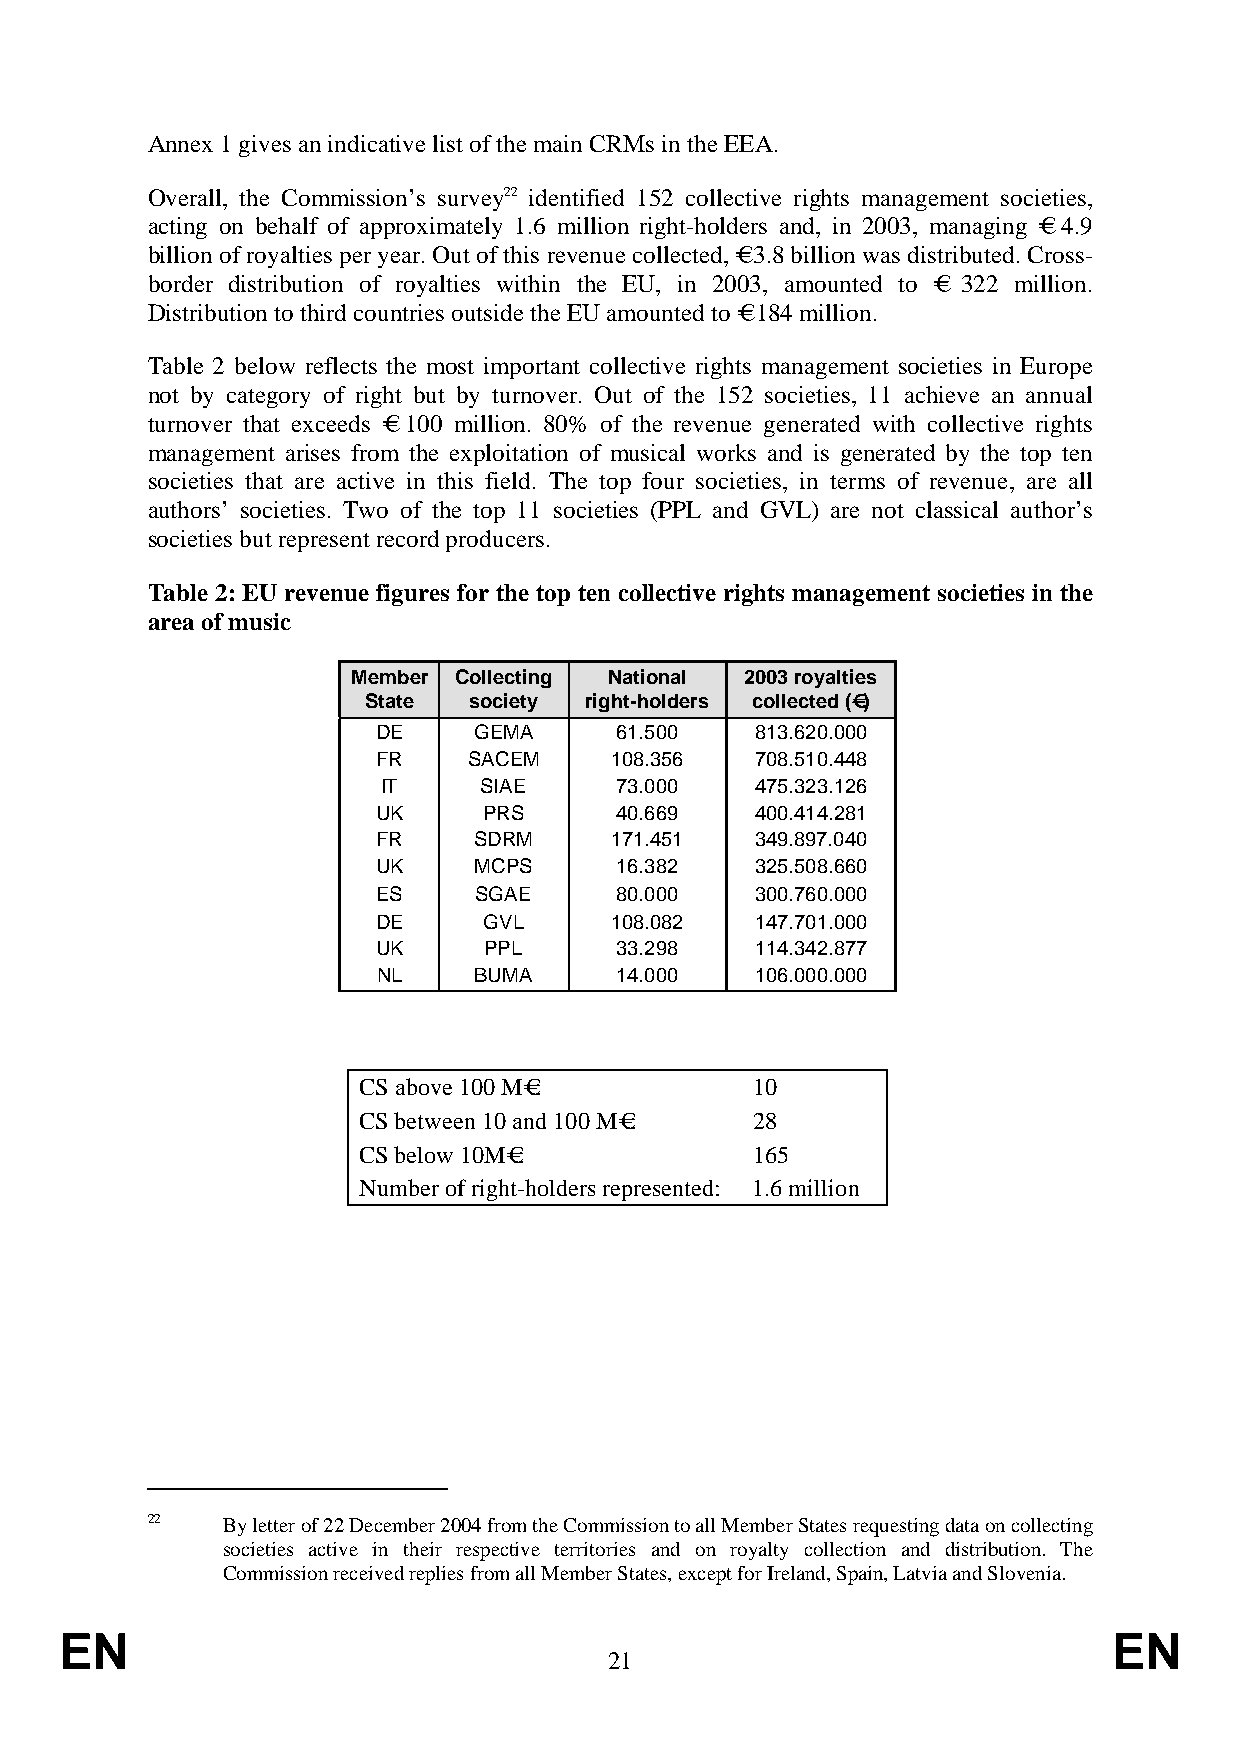
Annex 1 gives an indicative list of the main CRMs in the EEA.
 Overall, the Commission’s survey22 identified 152 collective rights management societies,
 acting on behalf of approximately 1.6 million right-holders and, in 2003, managing € 4.9
 billion of royalties per year. Out of this revenue collected, € 3.8 billion was distributed. Cross-
 border distribution of royalties within the EU, in 2003, amounted to € 322 million.
 Distribution to third countries outside the EU amounted to € 184 million.
 Table 2 below reflects the most important collective rights management societies in Europe
 not by category of right but by turnover. Out of the 152 societies, 11 achieve an annual
 turnover that exceeds € 100 million. 80% of th e revenue generated with collective rights
 management arises from the exploitation of musical works and is generated by the top ten
 societies that are active in this field. The top four societies, in terms of revenue, are all
 authors’ societies. Two of the top 11 societies (PPL and GVL) are not classical author’s
 societies but represent record producers.
 Table 2: EU revenue figures for the top ten collective rights management societies in the
 area of music
 Member Collecting National 2003 royalties
 State  society right-holders collected ()€
 DE    GEMA      61.500   813.620.000
 FR    SACEM    108.356   708.510.448
 IT     SIAE     73.000   475.323.126
 UK     PRS      40.669   400.414.281
 FR    SDRM     171.451   349.897.040
 UK    MCPS      16.382   325.508.660
 ES    SGAE      80.000   300.760.000
 DE     GVL     108.082   147.701.000
 UK     PPL      33.298   114.342.877
 NL    BUMA      14.000   106.000.000
 CS above 100 M:€         10
 CS between 10 and 100 M:€ 28
 CS below 10M:€           165
 Number of right-holders represented: 1.6 million
 22   By letter of 22 December 2004 from the Commission to all Member States requesting data on collecting
 societies active in their respective territories and on royalty collection and distribution. The
 Commission received replies from all Member States, except for Ireland, Spain, Latvia and Slovenia.
 EN                                                                    EN
 21